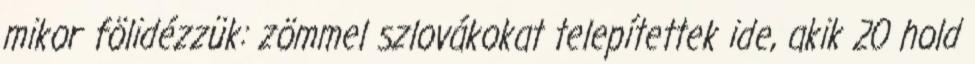
mikor fölidézzük: zömmel szlovákokat telepítettek ide, akik 20 hold